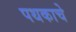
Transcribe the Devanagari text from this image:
पथकाचेे